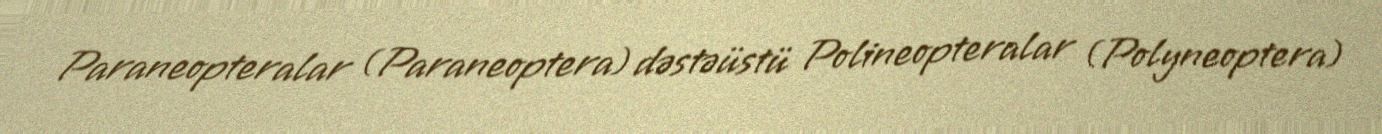
Paraneopteralar (Paraneoptera) dəstəüstü Polineopteralar (Polyneoptera)